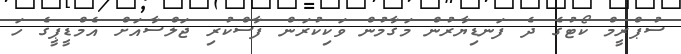
ސުޕްރީމް ކޯޓުގެ ދެ ފަނޑިޔާރުން މަގާމުން ވަކިކުރަން ފާސްކުރި ޖަލްސާއަށް އެމްޑީޕީގެ ހަ